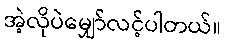
အဲ့လိုပဲမျှော်လင့်ပါတယ်။